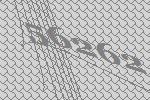
56262